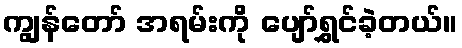
ကျွန်တော် အရမ်းကို ပျော်ရွှင်ခဲ့တယ်။